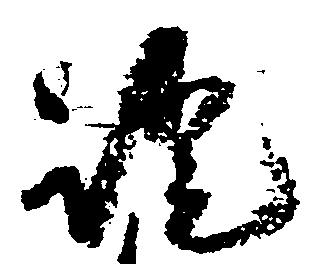
証